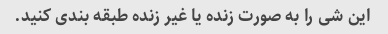
این شی را به صورت زنده یا غیر زنده طبقه بندی کنید.